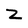
Character: Z